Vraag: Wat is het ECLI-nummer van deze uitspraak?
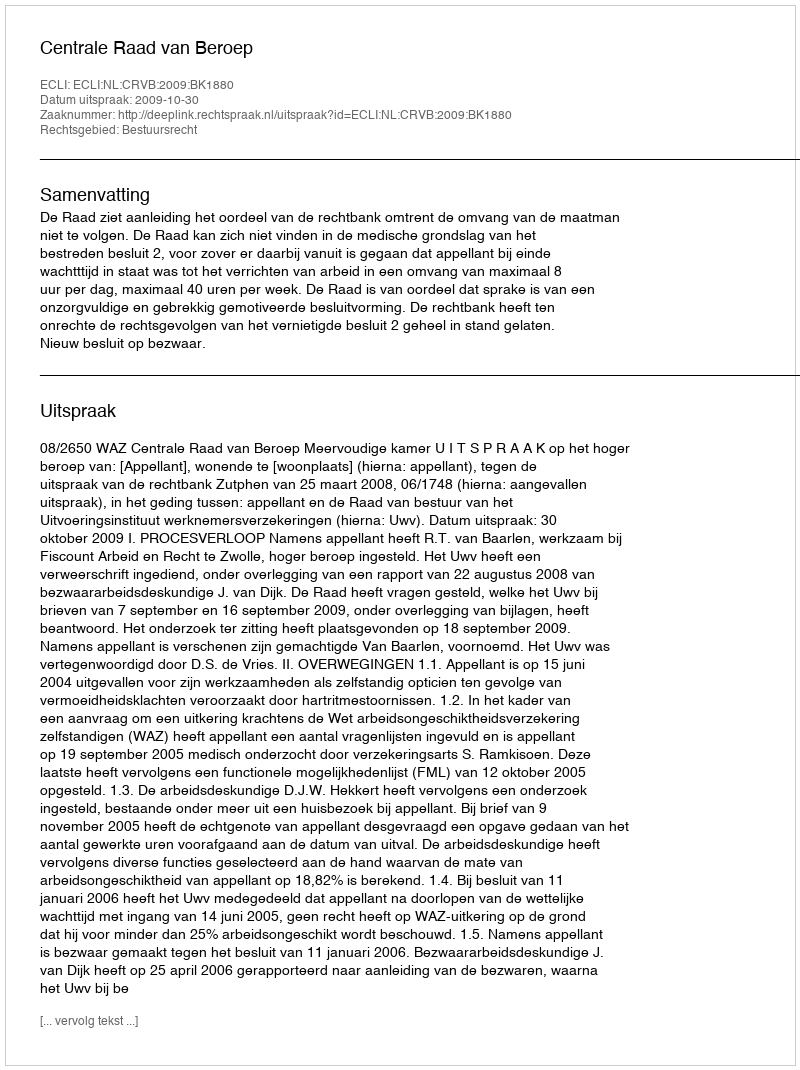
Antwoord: ECLI:NL:CRVB:2009:BK1880